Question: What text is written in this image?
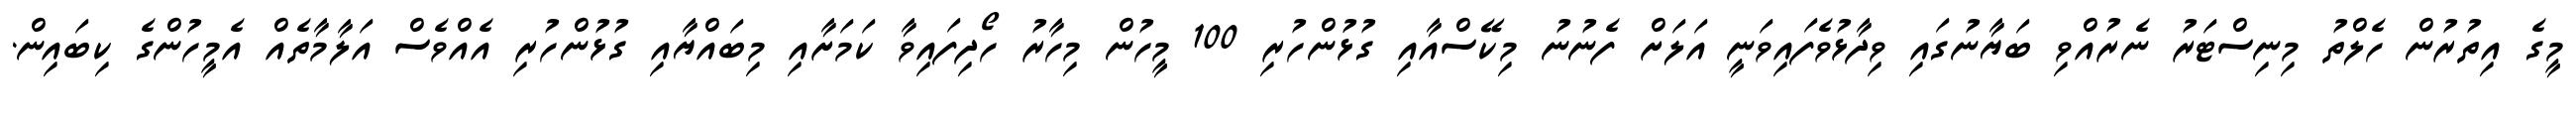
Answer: މީގެ އިތުރުން ހެލްތު މިނިސްޓަރު ނެރުއްވި ބަޔާނުގައި ވިދާޅުވެފައިވަނީ އަލަށް ފެނުނު މިކޭސްއާއި ގުޅުންހުރި 100 މީހުން މިހާރު ހޯދިފައިވާ ކަމަށާއި މިބައްޔާއި ގުޅުންހުރި އެއްވެސް އަލާމާތެއް އެމީހުންގެ ކިބައިން.